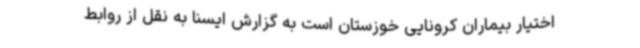
اختیار بیماران کرونایی خوزستان است به گزارش ایسنا به نقل از روابط